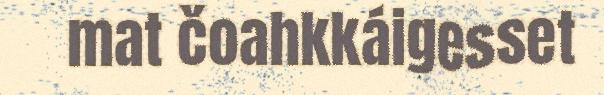
mat čoahkkáigesset